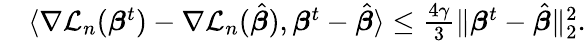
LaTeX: \begin{array}{rl}&{\langle\nabla{\mathcal L}_{n}({\boldsymbol{\beta}}^{t})-\nabla{\mathcal L}_{n}(\hat{\boldsymbol{\beta}}),{\boldsymbol{\beta}}^{t}-\hat{\boldsymbol{\beta}}\rangle\leq\frac{4\gamma}{3}\| {\boldsymbol{\beta}}^{t}-\hat{\boldsymbol{\beta}}\| _{2}^{2}.}\end{array}